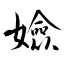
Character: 嬐